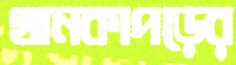
থানকাপড়ের